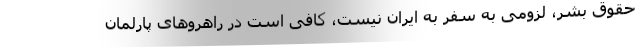
حقوق بشر، لزومی به سفر به ایران نیست، کافی است در راهروهای پارلمان